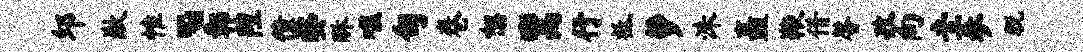
邱歉惟丶鄣隍僮婺酥噬旬卷恕鬻行祗萝洙矗鞭借馨孜向圭参脱